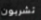
تشربون